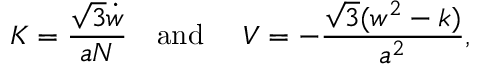
K = \frac { \sqrt 3 \dot { w } } { a N } \quad \mathrm { a n d ~ } \quad V = - \frac { \sqrt 3 ( w ^ { 2 } - k ) } { a ^ { 2 } } ,